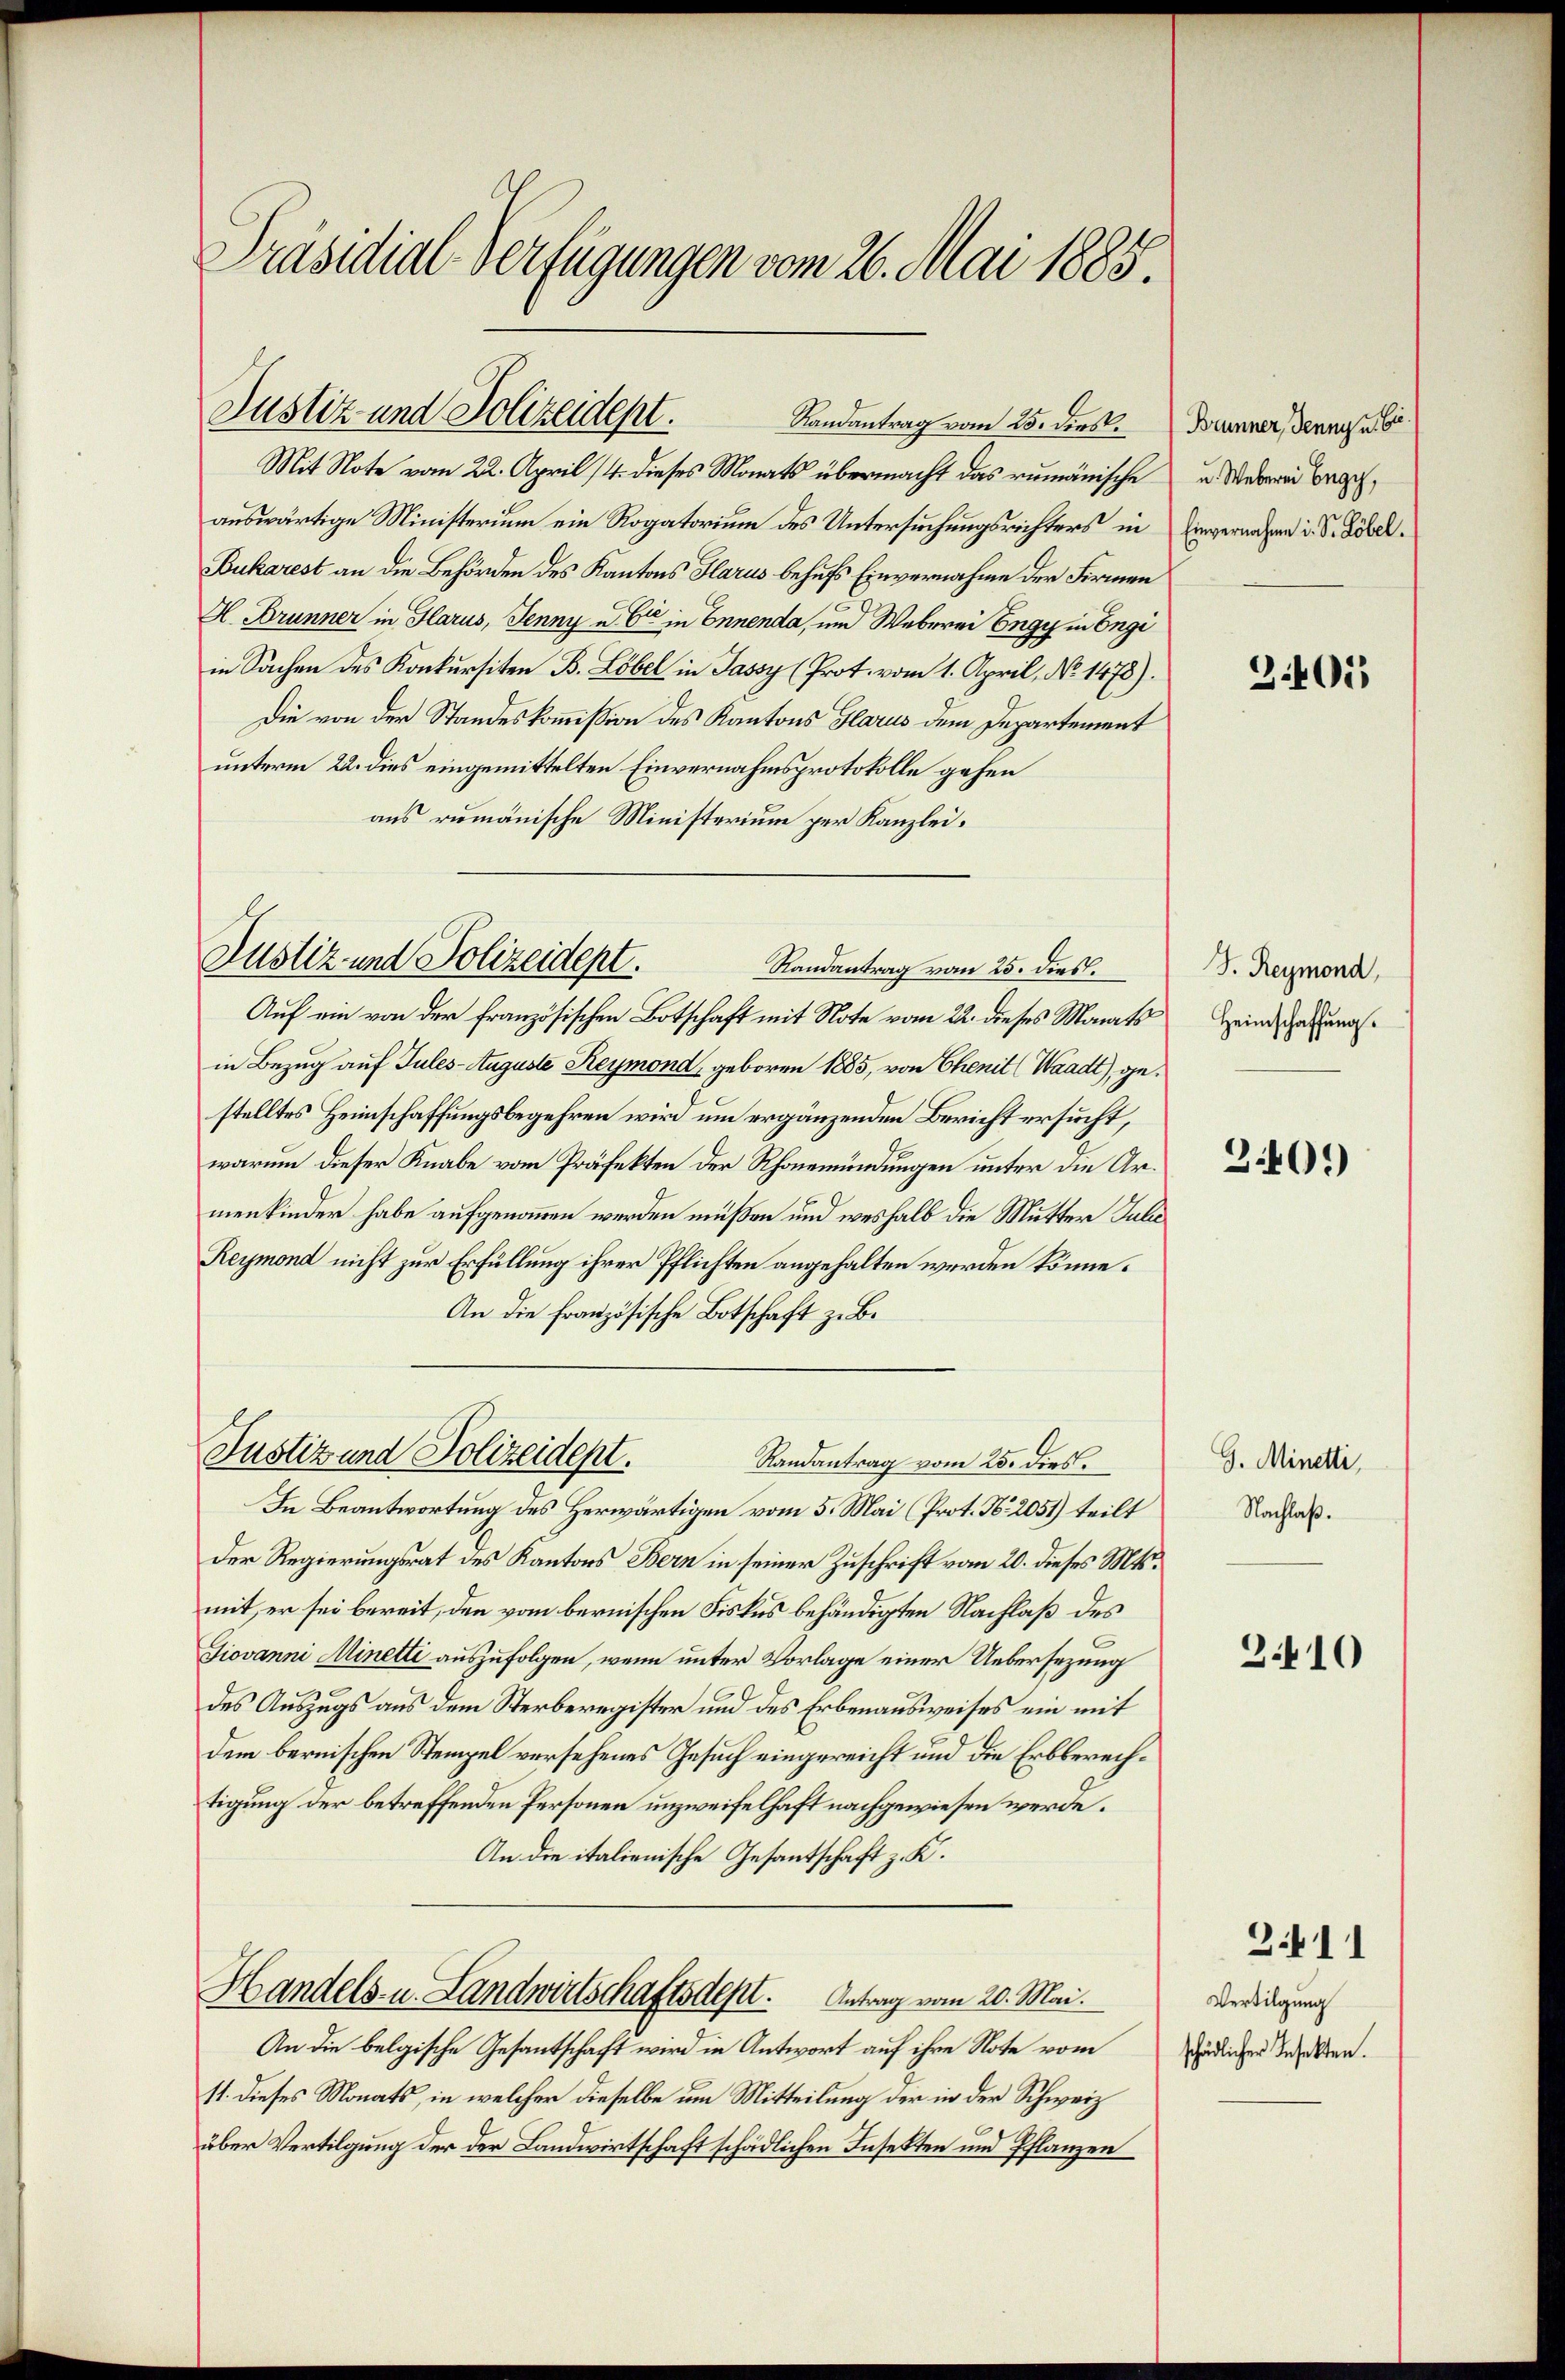
Präsidial-Verfügungen vom 26. Mai 1885.

Justiz und Polizeidept.
Randantrag vom 25. dies

Mit Note vom 22. April 14. dieses Monats übermacht das rumänische
auswärtige Ministerium ein Rogatorium des Untersuchungsrichters in
Bukarest an die Behörden des Kantons Glarus behufs Einvernahme der Firmen
A. Brunner in Harus, Jenny u. Er in Ennenda, und Weberei Enge in Engi
in Sachen des Konkursiten B. Löbel in Jassy (Prot. vom 1. April, No 1478).
Die von der Standeskommission des Kantons Glarus dem Departement
unterm 22. dies eingemittelten Einvernahmsprotokolle gehen
aus rumänische Ministerium per Kanzlei.

Justiz und Polizeidept.
Randantrag vom 25. dies.

Auf ein von der französischen Botschaft mit Note vom 22. dieses Monats
in Bezug auf Jules-Auguste Reymond, geboren 1885, von Chenit (Waadt), gestelltes Heimschaffungsbegehren wird um ergänzenden Bericht ersucht,
warum dieser Knabe vom Präfekten der Rhonmündungen unter die Armenkinder habe aufgenommen werden müßen und weshalb die Mutter Juhe
Reymond nicht zur Erfüllung ihrer Pflichten angehalten werden könne.
An die französische Botschaft z. B.
In Beantwortung des Herwärtigen vom 5. Mai (Prot. No. 2051) teilt
Der Regierungsrat des Kantons Bern in seiner Zuschrift vom 20. dieses Mts.
mit, er sei bereit, den vom bernischen Fiskus behändigten Nachlaß des
Jiovanni Minetti auszufolgen, wenn unter Vorlage einer Uebersezung
des Auszugs aus dem Sterberegister und des Erbenausweises ein mit
dem bernischen Stempel versehenes Gesuch eingereicht und die Erbberechtigung der betreffenden Personen unzweifelhaft nachgewiesen werde.
An die italienische Gesantschaft z. K.
Handels- u. Landwirtschaftsdept. Antrag vom 20. Mai.
An die belgische Gesantschaft wird in Antwort auf ihre Note vom
11. dieses Monats, in welcher dieselbe um Mitteilung der in der Schweiz
über Vertilgung der der Landwirtschaft schädlichen Insekten und Pflanzen

Justiz und Polizeidept.
Randantrag vom 25. dies

Brunner, denny u. be
u. Weberei Eugy,
Einvernahme i. S. Löbel.

3401

J. Reymond,
Heimschaffung.

30.)

G. Minetti,
Nachlaß.

3410

211

Vertilgung
schädlicher Insekten.